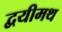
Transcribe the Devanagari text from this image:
द्वयीमथ